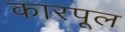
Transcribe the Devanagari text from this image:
कारपूल